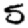
Digit: 5